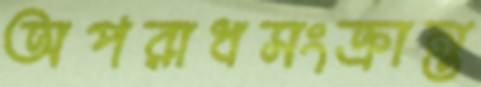
অপরাধসংক্রান্ত